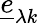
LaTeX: \underline{{e}}_{\lambda k}